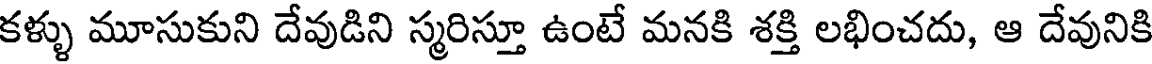
కళ్ళు మూసుకుని దేవుడిని స్మరిస్తూ ఉంటే మనకి శక్తి లభించదు, ఆ దేవునికి